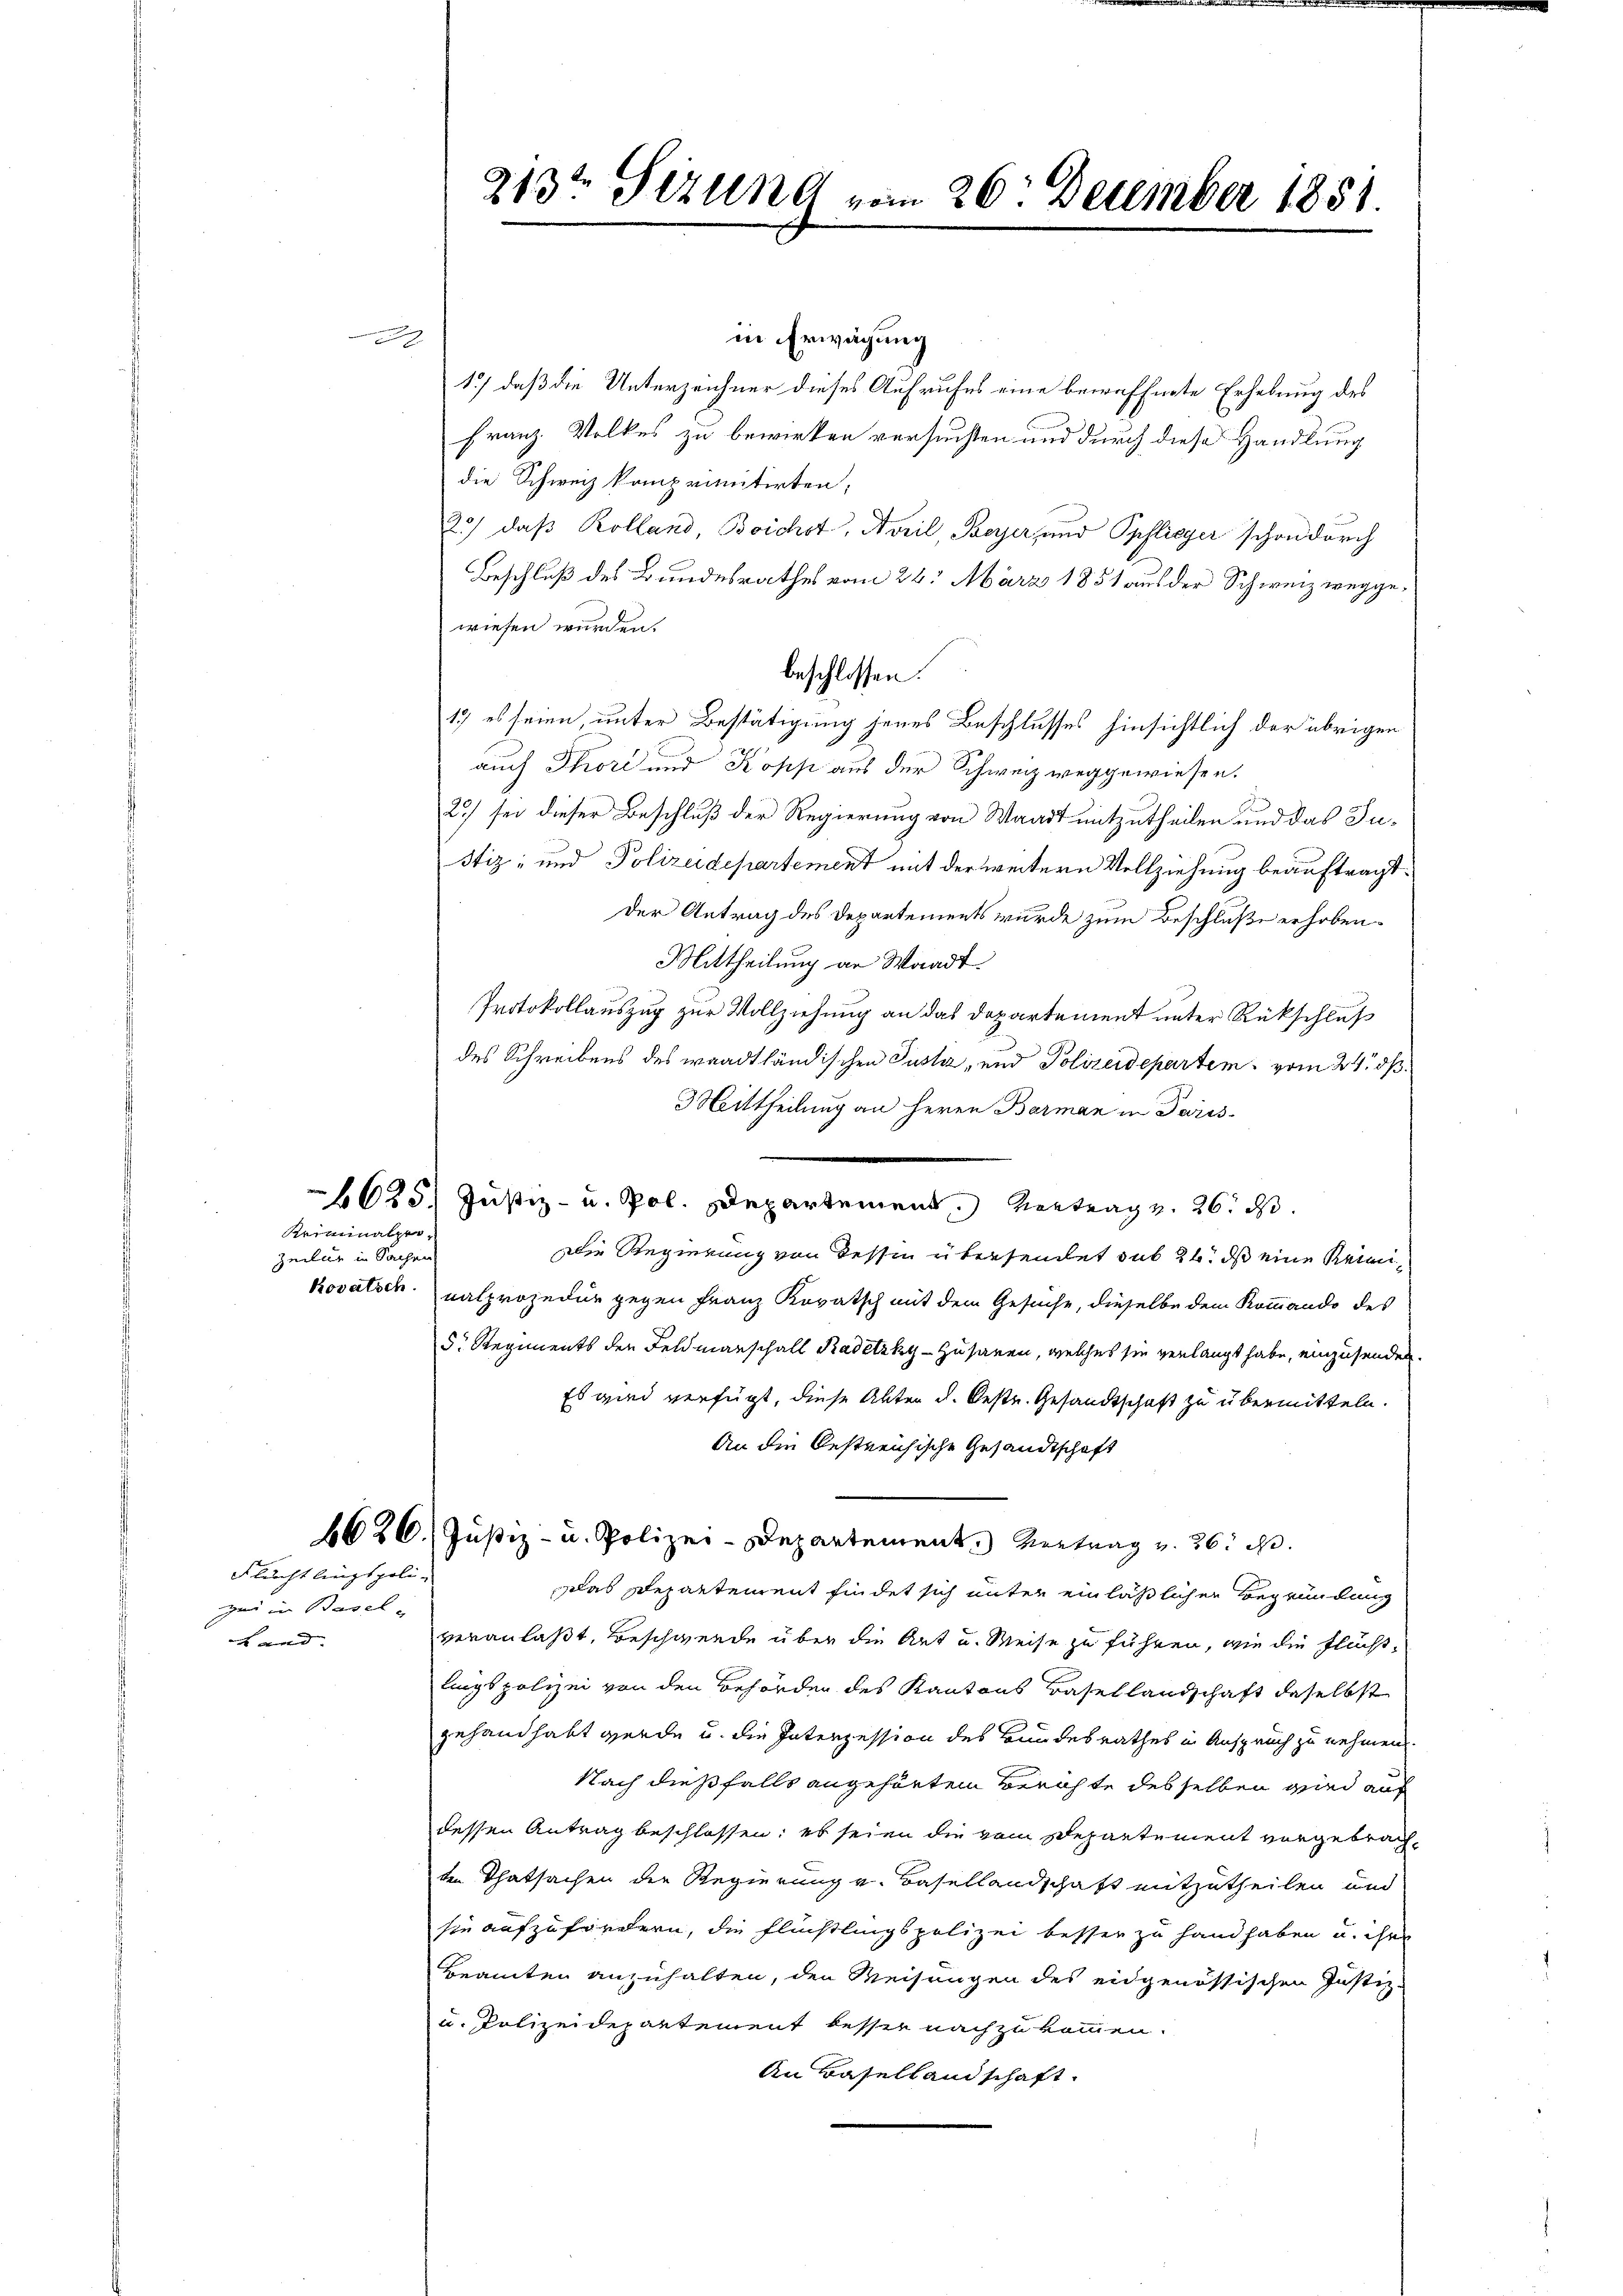
Kriminalper¬
Zeiler in Sachen

Flucht lingspoligend in Basel
Land- |

213t Sizung vom 26. December 1851.

in Erwägung
1.) daß die Unterzeichner dieses Aufrufes eine bewaffnete Erhebung des
Franz. Volkes zu bewirken versuchten und durch diese Handlung
die Schweiz komprimitirten,
20) daß Kolland, Boichst, April, Beyer, und Opflieger schon durch
Beschluß des Bundesrathes vom 24. März 1851 aus der Schweiz weggewiesen wurden.
17 es seien unter Bestätigung jenes Beschlusses hinsichtlich der übrigen
auch Thori und Kopp aus der Schweiz weggewiesen.
2) sei dieser Beschluß der Regierung von Waadt mitzutheilen und das Ju¬
Stiz- und Polizeidepartement mit der weitern Vollziehung beauftragt.
Der Antrag des Departements wurde zum Beschluße erhoben
MMittheilung an Waadt.
Protokollauszug zur Vollziehung an das Departement unter Rückschluß
des Schreibens des waadtländischen Justiz- und Polizeidepartem vom 24. dß
3 Mittheilung an Herrn Barman in Paris
625. Justiz- u. Pol. Departement. Vertrag v. 26. ds.
Die Regierung von dessen übersendet sub 26. ds eine Reinikovatsch. Kalprozedur gegen Franz Kovatsch mit dem Gesuche, dieselbe dem Kommando des
d. Regiments den Feldmanschall Radetzky - Husaren, welches sie verlangt habe, einzusenden.
Es wird verfügt, diese Akten d. Oestr. Gesandtschaft zu übermitteln.
An die bestreichische Gesandtschaft
6626. Justiz- u. Polizei-Departement. Vertrag v. 26. d.
Das Departement findet sich unter einläßlichen Begründung
veranlaßt, Beschwerde über die Art u. Weise zu führen, wie die Fluchtlingspolizei von den Behörder des Kantons Basellandschaft daselbst
gehandhabt werde u. die Interzession des Bundesrathes in Anspruch zu nehmen
Nach dießfalls angehörtem Berichte desselben wird auf
dessen Antrag beschlossen; es seien die vom Departement vorgebrachten Thatsachen der Regierung v. Basellandschaft mitzutheilen und
sie aufzufördern, die Flüchtlingspolizei besser zu handhaben u. ihre
Beamten anzuhalten, den Weisungen des eidgenössischen Justiz-
u. Polizeidepartement besser nachzukommen.
An Basellandschaft.

beschlossen: